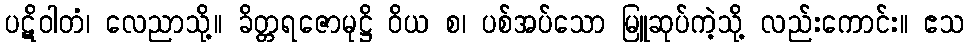
ပဋိဝါတံ၊ လေညာသို့။ ခိတ္တရဇောမုဋ္ဌိ ဝိယ စ၊ ပစ်အပ်သော မြူဆုပ်ကဲ့သို့ လည်းကောင်း။ ဧသ